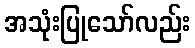
အသုံးပြုသော်လည်း